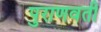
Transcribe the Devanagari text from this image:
पुराणवती